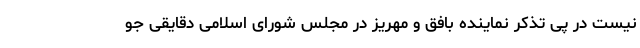
نیست در پی تذکر نماینده بافق و مهریز در مجلس شورای اسلامی دقایقی جو